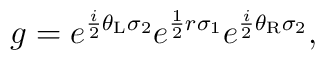
g = e^{\frac{i}{2}\theta_{\rm L} \sigma_2} e^{\frac{1}{2}r \sigma_1}    e^{\frac{i}{2}\theta_{\rm R} \sigma_2},